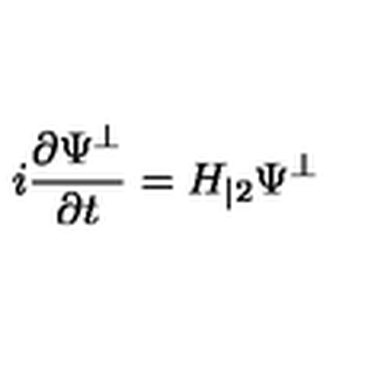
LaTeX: i \frac { \partial \Psi ^ { \bot } } { \partial t } = H _ { | 2 } \Psi ^ { \bot }